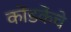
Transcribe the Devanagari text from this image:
कोंडकेंचे